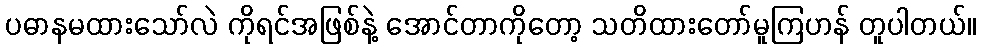
ပဓာနမထားသော်လဲ ကိုရင်အဖြစ်နဲ့ အောင်တာကိုတော့ သတိထားတော်မူကြဟန် တူပါတယ်။